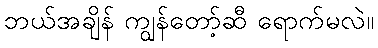
ဘယ်အချိန် ကျွန်တော့်ဆီ ရောက်မလဲ။